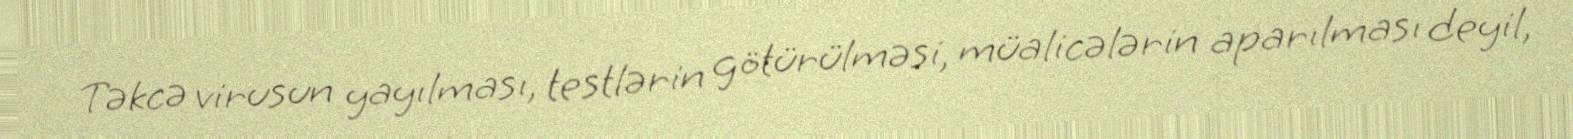
Təkcə virusun yayılması, testlərin götürülməsi, müalicələrin aparılması deyil,